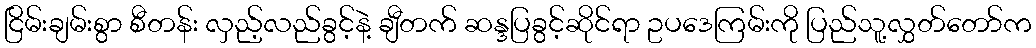
ငြိမ်းချမ်းစွာ စီတန်း လှည့်လည်ခွင့်နဲ့ ချီတက် ဆန္ဒပြခွင့်ဆိုင်ရာ ဥပဒေကြမ်းကို ပြည်သူ့လွှတ်တော်က